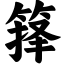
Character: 箨